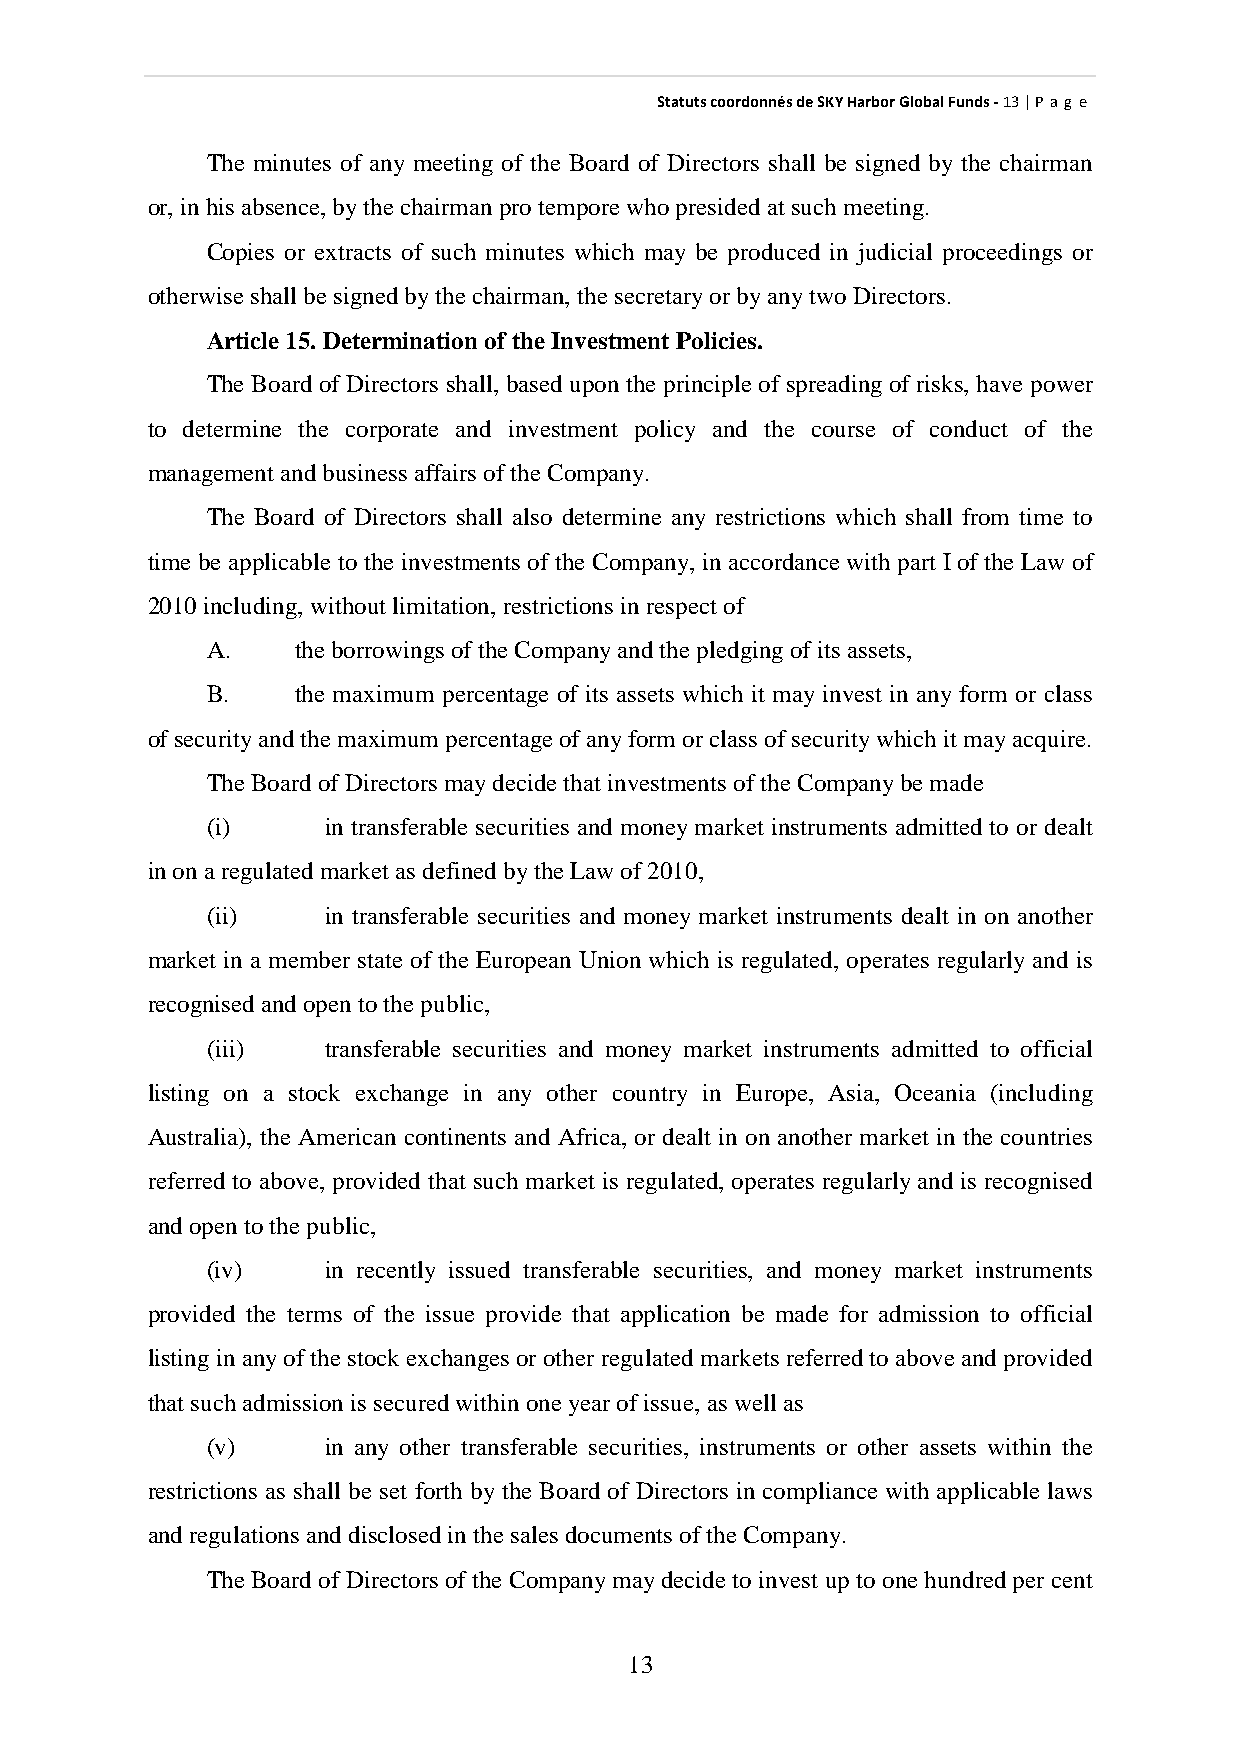
StatutscoordonnésdeSKYHarborGlobalFunds-13|P ag e
 The minutes of any meeting of the Board of Directors shall be signed by the chairman
 or,inhis absence,bythechairmanprotemporewhopresidedat suchmeeting.
 Copies or extracts of such minutes which may be produced in judicial proceedings or
 otherwiseshall besignedbythechairman,thesecretaryorbyanytwoDirectors.
 Article15.Determination of theInvestmentPolicies.
 The Board of Directors shall, based upon the principle of spreadingof risks, have power
 to determine the corporate and investment policy and the course of conduct of the
 management andbusiness affairs oftheCompany.
 The Board of Directors shall also determine any restrictions which shall from time to
 time be applicable to the investments of the Company, in accordance with part Iof the Law of
 2010including,without limitation,restrictions inrespect of
 A.    theborrowings oftheCompanyandthepledgingofits assets,
 B.    the maximum percentage of its assets which it may invest in any form or class
 ofsecurityandthemaximum percentageofanyform orclass ofsecuritywhichit mayacquire.
 TheBoardofDirectors maydecidethat investments oftheCompanybemade
 (i)     in transferable securities and moneymarket instruments admitted to or dealt
 inonaregulatedmarket as definedbytheLawof2010,
 (ii)    in transferable securities and money market instruments dealt in on another
 market in a member state of the European Union which is regulated, operates regularlyand is
 recognisedandopentothepublic,
 (iii)   transferable securities and money market instruments admitted to official
 listing on a stock exchange in any other country in Europe, Asia, Oceania (including
 Australia), the American continents and Africa, or dealt in on another market in the countries
 referred to above, provided that such market is regulated, operates regularlyand is recognised
 andopentothepublic,
 (iv)    in recently issued transferable securities, and money market instruments
 provided the terms of the issue provide that application be made for admission to official
 listingin anyofthestockexchanges orotherregulatedmarkets referredtoaboveandprovided
 that suchadmissionis securedwithinoneyearofissue,as well as
 (v)     in any other transferable securities, instruments or other assets within the
 restrictions as shall be set forth by the Board of Directors in compliance with applicable laws
 andregulations anddisclosedinthesales documents oftheCompany.
 The Board of Directors of the Companymaydecide to invest up to onehundredpercent
 13